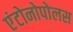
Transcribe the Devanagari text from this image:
एंटोनोपोलस